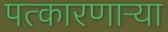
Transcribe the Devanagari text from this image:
पत्कारणाऱ्या